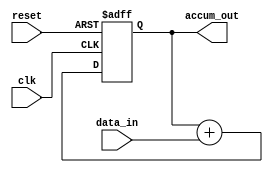
module fixed_point_accumulator (
    input wire clk,
    input wire reset,
    input wire [N-1:0] data_in, // fixed-point input data
    output wire [M-1:0] accum_out // accumulated result in fixed-point format
);

parameter N = 16; // number of bits for input data
parameter M = 32; // number of bits for accumulated result

reg [M-1:0] accum_reg; // accumulator register

always @(posedge clk or posedge reset) begin
    if (reset) begin
        accum_reg <= 0;
    end else begin
        accum_reg <= accum_reg + data_in;
    end
end

assign accum_out = accum_reg;

endmodule